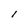
Character: l